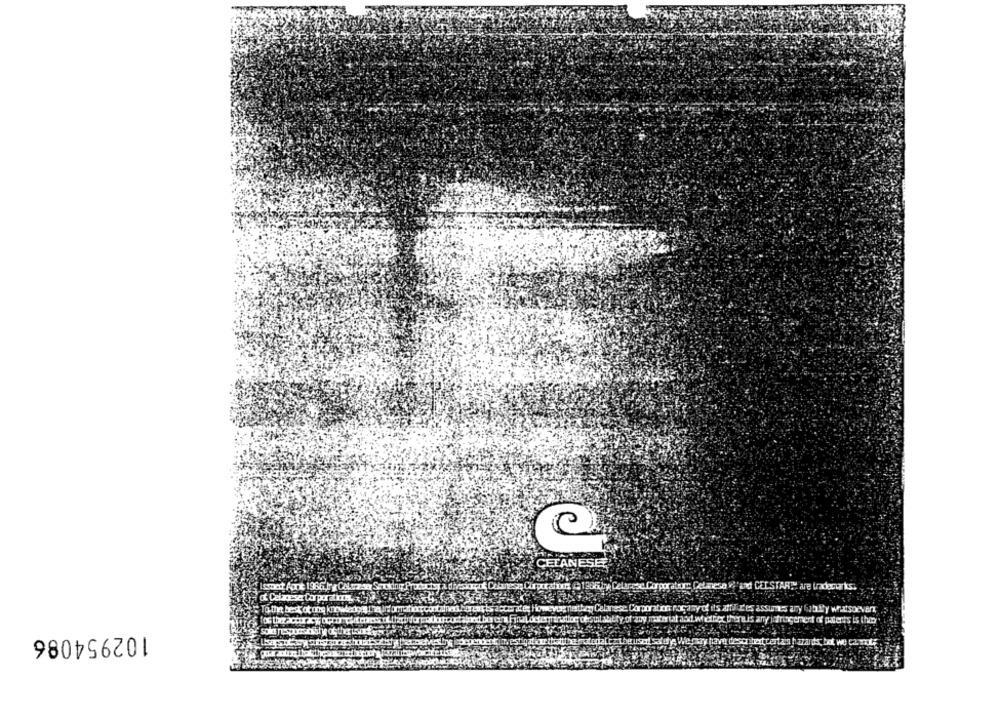
CETANESER
curator Celmesa ,'and CELSTARM are trademarks.
mrocasyof its anti L'es assumes any Gab ly whatsoever,
mus any infringement of paterts is the
102954086